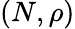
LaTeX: (N,\rho)